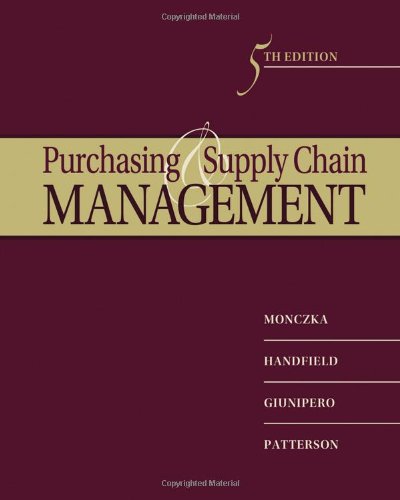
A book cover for Purchasing and Supply Chain Management; Robert M. Monczka; Business & Money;